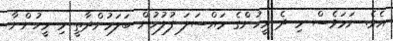
އެވެ. ނަމަވެސް މި ދެ މީހުންގެ މައްސަލަ ފުލުހުން ބަލަމުންދާތީ މި މީހުންނާ